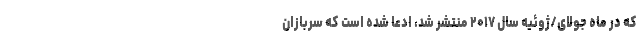
که در ماه جولای/ژوئیه سال ۲۰۱۷ منتشر شد، ادعا شده است که سربازان